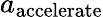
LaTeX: {a_{\mathrm{{accelerate}}}}